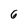
Character: 6